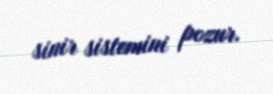
sinir sistemini pozur.